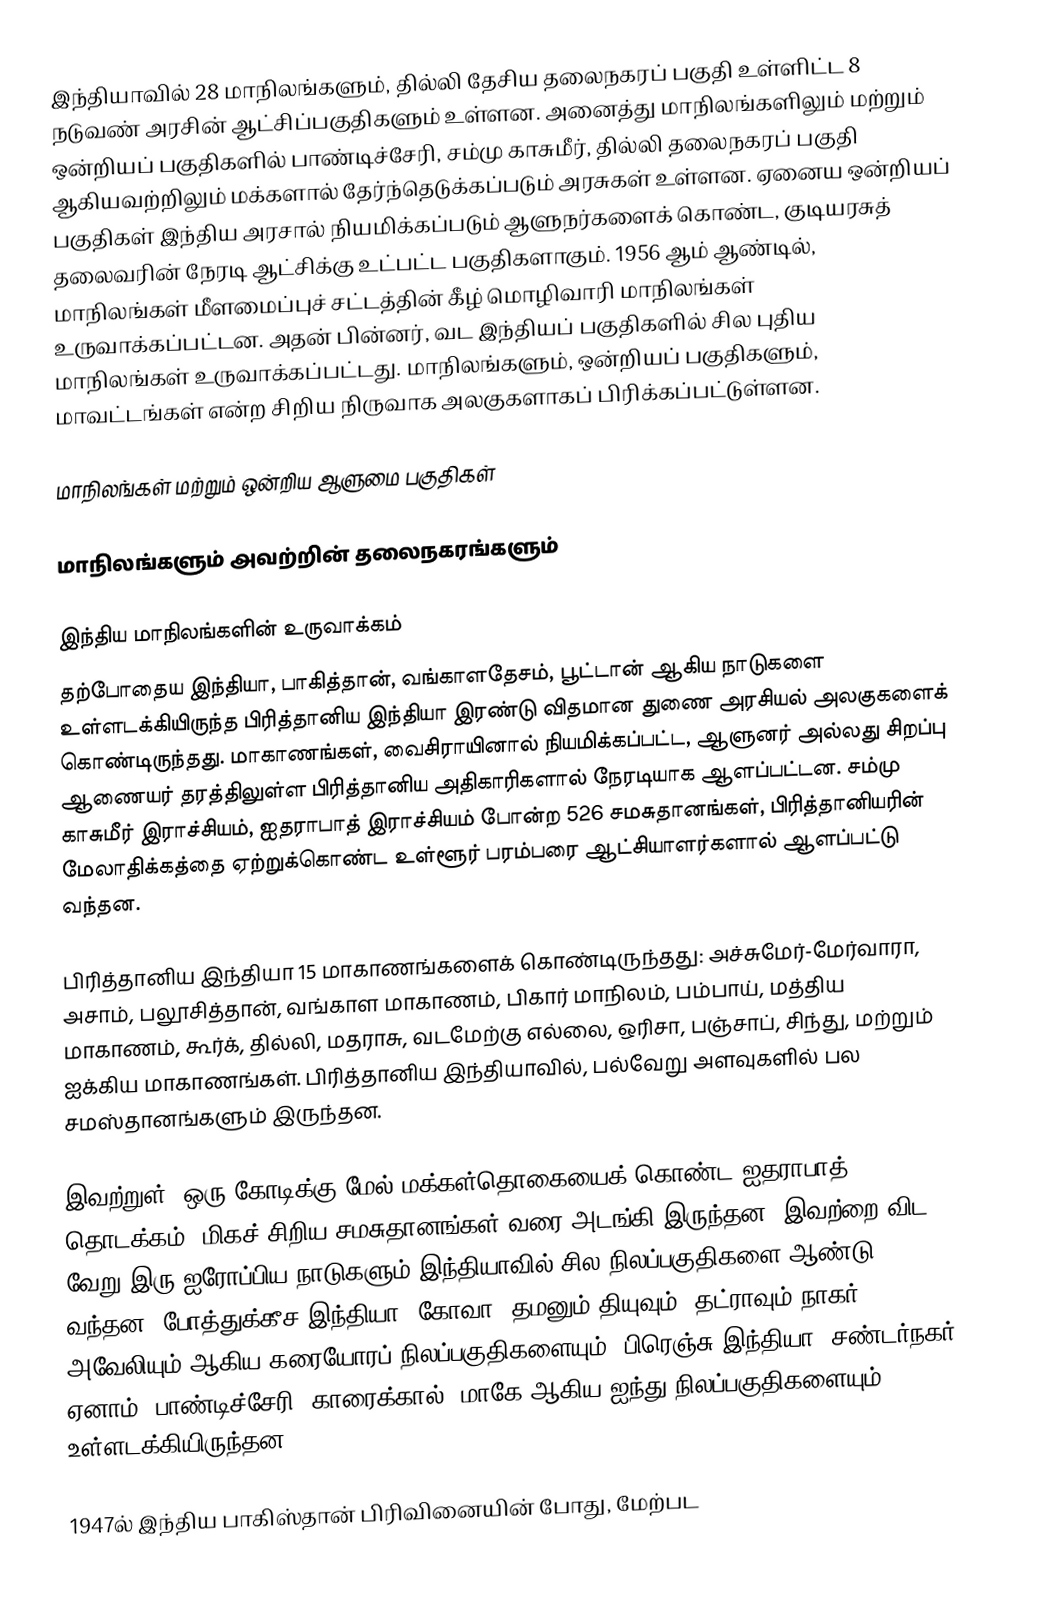
இந்தியாவில் 28 மாநிலங்களும்,  தில்லி தேசிய தலைநகரப் பகுதி உள்ளிட்ட 8 நடுவண் அரசின் ஆட்சிப்பகுதிகளும் உள்ளன. அனைத்து மாநிலங்களிலும் மற்றும் ஒன்றியப் பகுதிகளில் பாண்டிச்சேரி, சம்மு காசுமீர், தில்லி தலைநகரப் பகுதி ஆகியவற்றிலும் மக்களால் தேர்ந்தெடுக்கப்படும் அரசுகள் உள்ளன. ஏனைய ஒன்றியப் பகுதிகள் இந்திய அரசால் நியமிக்கப்படும் ஆளுநர்களைக் கொண்ட, குடியரசுத் தலைவரின் நேரடி ஆட்சிக்கு உட்பட்ட பகுதிகளாகும். 1956 ஆம் ஆண்டில், மாநிலங்கள் மீளமைப்புச் சட்டத்தின் கீழ் மொழிவாரி மாநிலங்கள் உருவாக்கப்பட்டன. அதன் பின்னர், வட இந்தியப் பகுதிகளில் சில புதிய மாநிலங்கள் உருவாக்கப்பட்டது. மாநிலங்களும், ஒன்றியப் பகுதிகளும், மாவட்டங்கள் என்ற சிறிய நிருவாக அலகுகளாகப் பிரிக்கப்பட்டுள்ளன.

மாநிலங்கள் மற்றும் ஒன்றிய ஆளுமை பகுதிகள்

மாநிலங்களும் அவற்றின் தலைநகரங்களும்

இந்திய மாநிலங்களின் உருவாக்கம்
தற்போதைய இந்தியா, பாகித்தான், வங்காளதேசம், பூட்டான் ஆகிய நாடுகளை உள்ளடக்கியிருந்த பிரித்தானிய இந்தியா இரண்டு விதமான துணை அரசியல் அலகுகளைக் கொண்டிருந்தது. மாகாணங்கள், வைசிராயினால் நியமிக்கப்பட்ட, ஆளுனர் அல்லது சிறப்பு ஆணையர் தரத்திலுள்ள பிரித்தானிய அதிகாரிகளால் நேரடியாக ஆளப்பட்டன. சம்மு காசுமீர் இராச்சியம், ஐதராபாத் இராச்சியம் போன்ற 526 சமசுதானங்கள், பிரித்தானியரின் மேலாதிக்கத்தை ஏற்றுக்கொண்ட உள்ளூர் பரம்பரை ஆட்சியாளர்களால் ஆளப்பட்டு வந்தன.

பிரித்தானிய இந்தியா 15 மாகாணங்களைக் கொண்டிருந்தது: அச்சுமேர்-மேர்வாரா, அசாம், பலூசித்தான், வங்காள மாகாணம், பிகார் மாநிலம், பம்பாய், மத்திய மாகாணம், கூர்க், தில்லி, மதராசு, வடமேற்கு எல்லை, ஒரிசா, பஞ்சாப், சிந்து, மற்றும் ஐக்கிய மாகாணங்கள். பிரித்தானிய இந்தியாவில், பல்வேறு அளவுகளில் பல சமஸ்தானங்களும் இருந்தன.

இவற்றுள், ஒரு கோடிக்கு மேல் மக்கள்தொகையைக் கொண்ட ஐதராபாத் தொடக்கம், மிகச் சிறிய சமசுதானங்கள் வரை அடங்கி இருந்தன. இவற்றை விட வேறு இரு ஐரோப்பிய நாடுகளும் இந்தியாவில் சில நிலப்பகுதிகளை ஆண்டு வந்தன. போத்துக்கீச இந்தியா, கோவா, தமனும் தியுவும், தட்ராவும் நாகர் அவேலியும் ஆகிய கரையோரப் நிலப்பகுதிகளையும், பிரெஞ்சு இந்தியா, சண்டர்நகர், ஏனாம், பாண்டிச்சேரி, காரைக்கால், மாகே ஆகிய ஐந்து நிலப்பகுதிகளையும் உள்ளடக்கியிருந்தன.

1947ல் இந்திய பாகிஸ்தான் பிரிவினையின் போது, மேற்பட